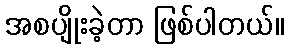
အစပျိုးခဲ့တာ ဖြစ်ပါတယ်။